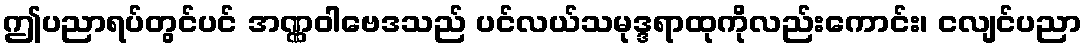
ဤပညာရပ်တွင်ပင် အဏ္ဏဝါဗေဒသည် ပင်လယ်သမုဒ္ဒရာထုကိုလည်းကောင်း၊ ငလျင်ပညာ